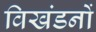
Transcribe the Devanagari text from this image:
विखंडनों